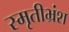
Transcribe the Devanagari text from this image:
स्मृतीभ्रंश